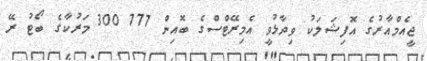
ޖީއެމްއާރުގެ އޮފިޝަލަކު ވިދާޅުވީ އެމިރޭޓްސްގެ ބޮއިން 777 300 މަރުކާގެ ބޯޓު ރޭ